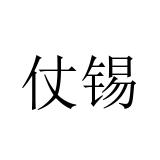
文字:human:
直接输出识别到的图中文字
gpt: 仗锡